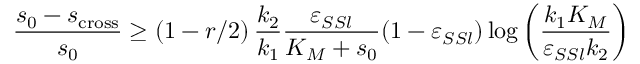
\frac { s _ { 0 } - s _ { \mathrm { c r o s s } } } { s _ { 0 } } \geq ( 1 - r / 2 ) \, \frac { k _ { 2 } } { k _ { 1 } } \frac { \varepsilon _ { S S l } } { K _ { M } + s _ { 0 } } ( 1 - \varepsilon _ { S S l } ) \log \left( \frac { k _ { 1 } K _ { M } } { \varepsilon _ { S S l } k _ { 2 } } \right)